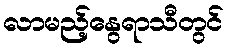
လာမည့်နွေရာသီတွင်